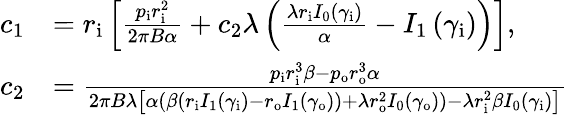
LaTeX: \begin{array}{rl}{c_{1}}&{=r_{\mathrm{{i}}}\left[\frac{p_{\mathrm{i}}r_{\mathrm{{i}}}^{2}}{2\pi B\alpha}+c_{2}\lambda\left(\frac{\lambda r_{\mathrm{{i}}}I_{0}\left(\gamma_{\mathrm{i}}\right)}{\alpha}-I_{1}\left(\gamma_{\mathrm{i}}\right)\right)\right],}\\ {c_{2}}&{=\frac{p_{\mathrm{{i}}}r_{\mathrm{i}}^{3}\beta-p_{\mathrm{{o}}}r_{\mathrm{o}}^{3}\alpha}{2\pi B\lambda\left[\alpha\left(\beta\left(r_{\mathrm{{i}}}I_{1}\left(\gamma_{\mathrm{i}}\right)-r_{\mathrm{{o}}}I_{1}\left(\gamma_{\mathrm{o}}\right)\right)+\lambda r_{\mathrm{{o}}}^{2}I_{0}\left(\gamma_{\mathrm{o}}\right)\right)-\lambda r_{\mathrm{{i}}}^{2}\beta I_{0}\left(\gamma_{\mathrm{i}}\right)\right]}}\end{array}